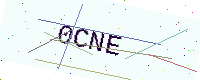
Text: 0CNE